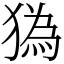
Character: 㺔